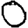
Digit: 0